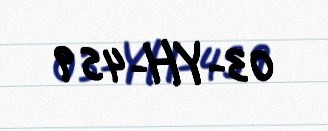
03-YH-459